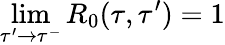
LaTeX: \operatorname*{lim}_{\tau^{\prime}\rightarrow\tau^{-}}R_{0}(\tau,\tau^{\prime})=1